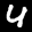
Label: 4